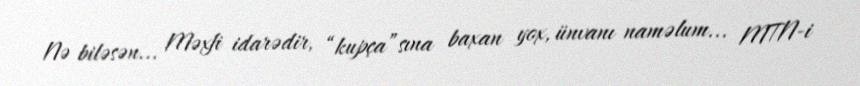
Nə biləsən... Məxfi idarədir, “kupça”sına baxan yox, ünvanı naməlum... MTN-i